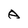
Character: A